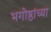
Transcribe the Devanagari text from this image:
भगोष्ठांच्या